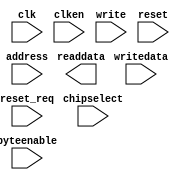
module mcu_subsystem_ram_0 (
		input  wire        clk,        //   clk1.clk
		input  wire [14:0] address,    //     s1.address
		input  wire        clken,      //       .clken
		input  wire        chipselect, //       .chipselect
		input  wire        write,      //       .write
		output wire [31:0] readdata,   //       .readdata
		input  wire [31:0] writedata,  //       .writedata
		input  wire [3:0]  byteenable, //       .byteenable
		input  wire        reset,      // reset1.reset
		input  wire        reset_req   //       .reset_req
	);
endmodule